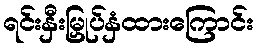
ရင်းနှီးမြှုပ်နှံထားကြောင်း